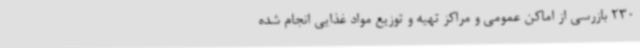
230 بازرسی از اماکن عمومی و مراکز تهیه و توزیع مواد غذایی انجام شده